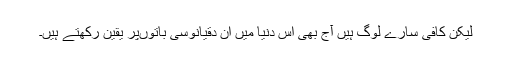
‌لیکن کافی سارے لوگ ہیں آج بھی اس دنیا میں‌ ان دقیانوسی باتوں‌پر یقین رکھتے ہیں۔